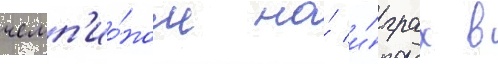
чемп'ио́ном на́ и́грах в